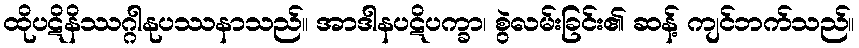
ထိုပဋိနိဿဂ္ဂါနုပဿနာသည်။ အာဒါနပဋိပက္ခာ၊ စွဲလမ်းခြင်း၏ ဆန့် ကျင်ဘက်သည်။